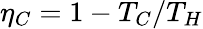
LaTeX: \eta_{C}=1-T_{C}/T_{H}